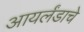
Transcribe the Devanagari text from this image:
आयर्लंडाचे